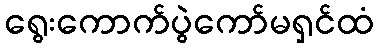
ရွေးကောက်ပွဲကော်မရှင်ထံ